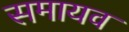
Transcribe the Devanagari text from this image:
समायव